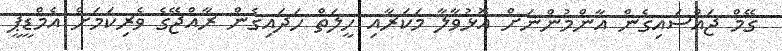
ގޭމް ޖައްސައިގެން އާންމުންނަށް އޮޅުވާލާ މަކަރާއި ހީލަތް ހަދައިގެން ރާއްޖޭގެ ވެރިކަމަށް އެމްޑީޕީ